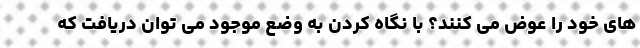
های خود را عوض می کنند؟ با نگاه کردن به وضع موجود می توان دریافت که